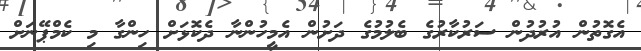
އެގޮތުން އުރުދުން ސަރުކާރުގެ ބެލުމުގެ ދަށުން އެމީހުންނާ ދެކޮޅަށް ހިންގާ މި ކެމްޕޭނަށް